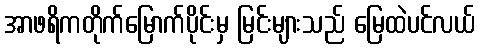
အာဖရိကတိုက်မြောက်ပိုင်းမှ မြင်းများသည် မြေထဲပင်လယ်